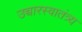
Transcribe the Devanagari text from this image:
उच्चारस्वातंत्र्य